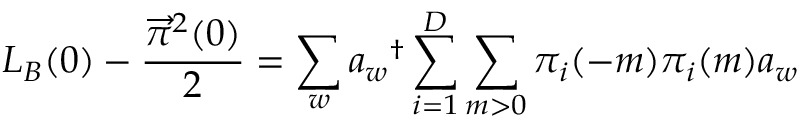
L _ { B } ( 0 ) - \frac { { \overrightarrow { \pi } } ^ { 2 } ( 0 ) } { 2 } = \sum _ { w } a _ { w } { } ^ { \dag } \sum _ { i = 1 } ^ { D } \sum _ { m > 0 } \pi _ { i } ( - m ) \pi _ { i } ( m ) a _ { w }